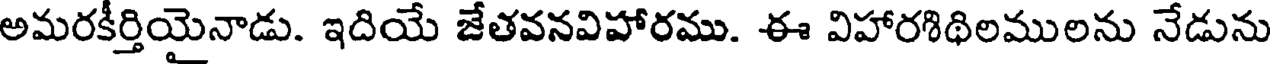
అమరకీర్తియైనాడు. ఇదియే జేతవనవిహారము. ఈ విహారశిథిలములను నేడును